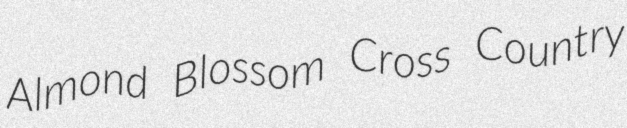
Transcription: Almond Blossom Cross Country